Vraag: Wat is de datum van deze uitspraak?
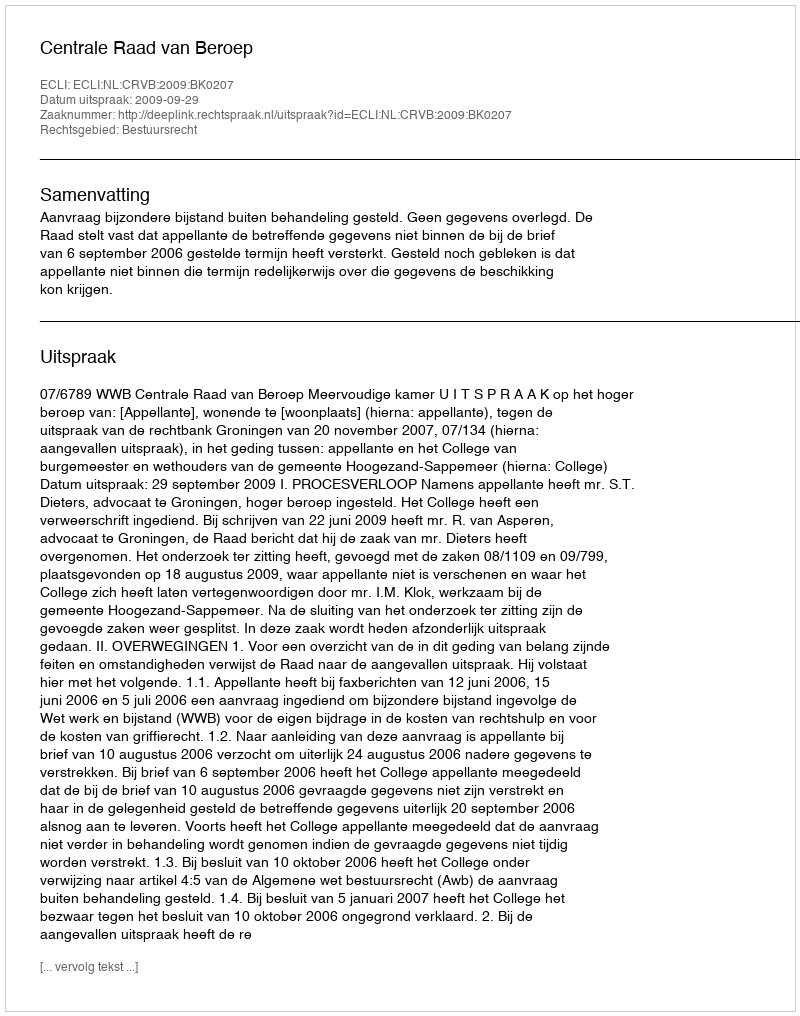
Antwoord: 2009-09-29